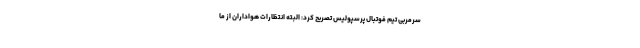
سرمربی تیم فوتبال پرسپولیس تصریح کرد: البته انتظارات هواداران از ما